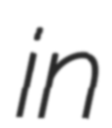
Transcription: in